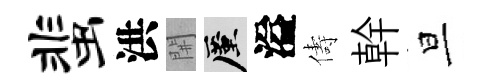
蜚洪𨳩厪溢儔幹旦